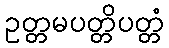
ဥတ္တမပတ္တိပတ္တံ